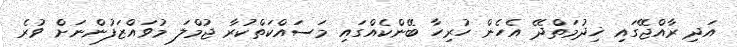
އަދި ރާއްޖޭގައި ޚިދުމަތްދޭ އެހެން ހުރިހާ ބޭންކެއްގައި މަސައްކަތްކުރާ ޖުމްލަ މުވައްޒަފުންނަށް ވުރެ